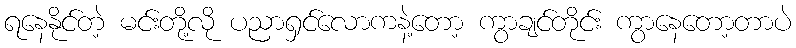
ရနေနိုင်တဲ့ မင်းတို့လို ပညာရှင်လောကနဲ့တော့ ကွာချင်တိုင်း ကွာနေတော့တာပဲ